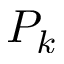
P _ { k }